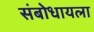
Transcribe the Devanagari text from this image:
संबोधायला